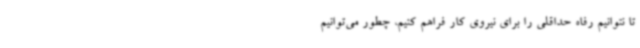
تا نتوانیم رفاه حداقلی را برای نیروی کار فراهم کنیم، چطور می‌توانیم